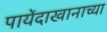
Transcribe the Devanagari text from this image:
पायेंदाखानाच्या